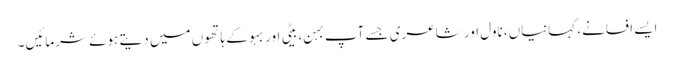
ایسے افسانے، کہانیاں، ناول اور شاعری جسے آپ بہن، بیٹی اور بہو کے ہاتھوں میں دیتے ہوئے شرمائیں۔